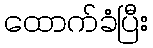
ထောက်ခံပြီး